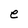
Character: e